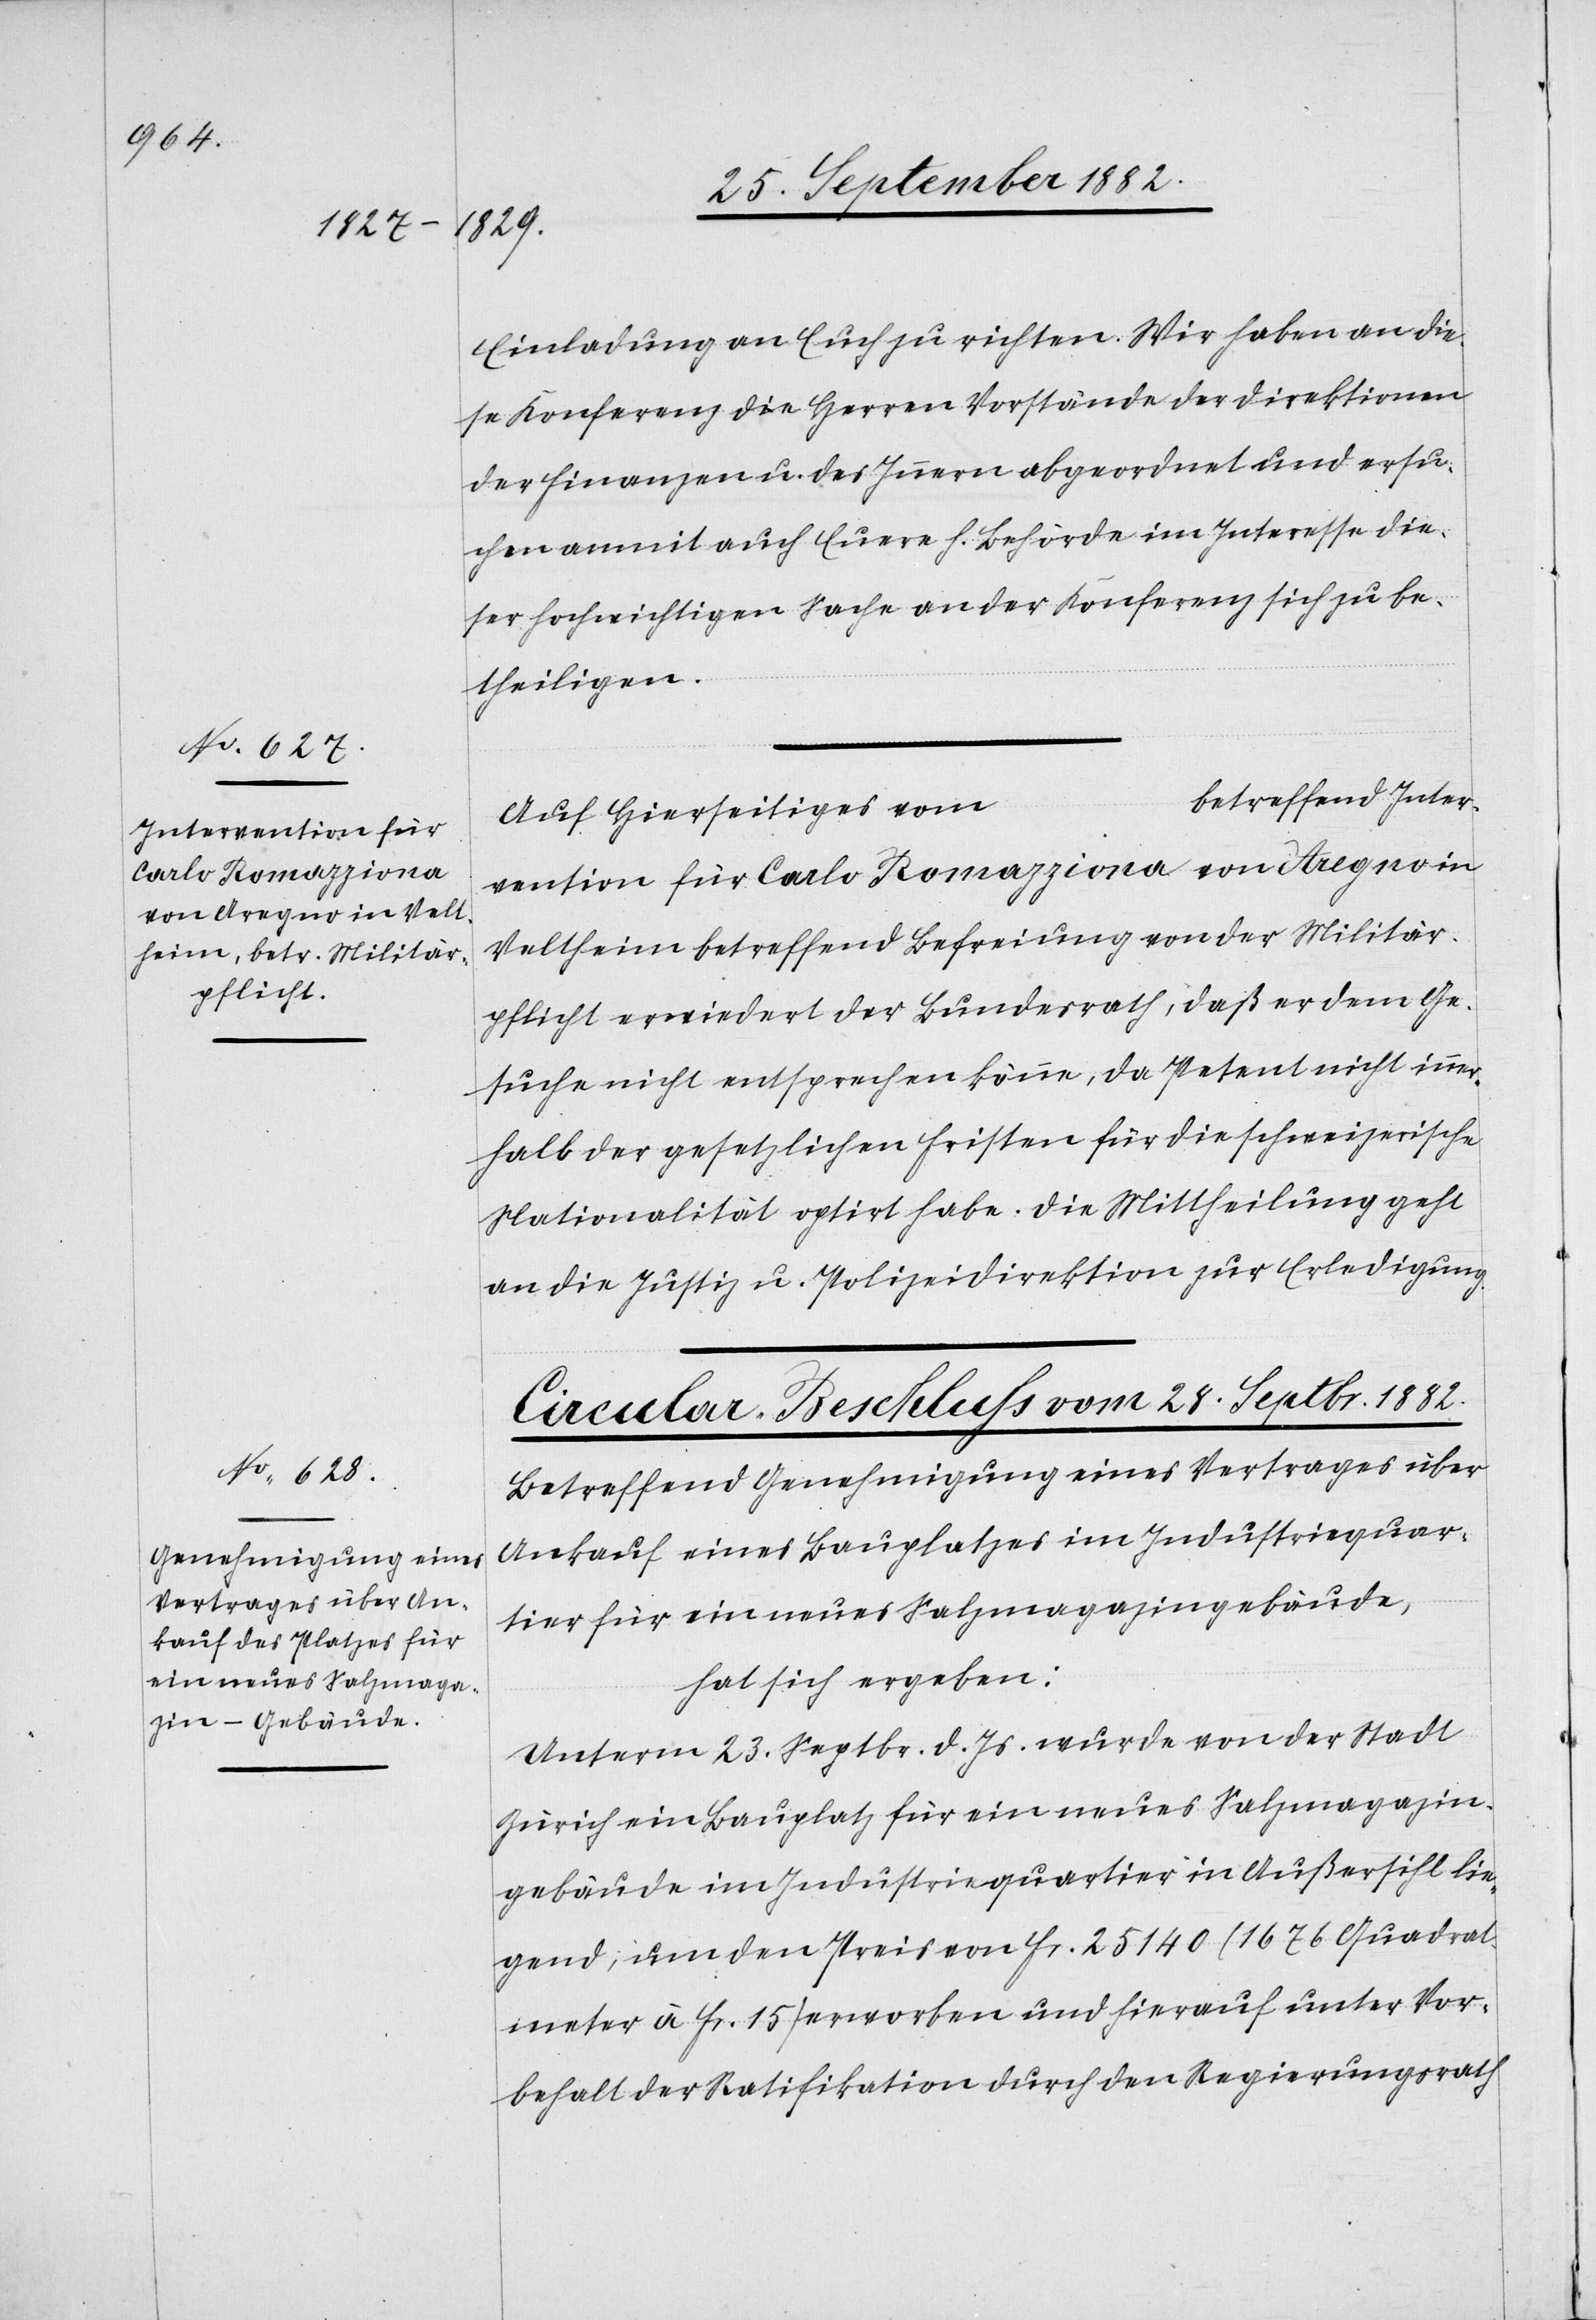
28. September 1882.]
Einladung an Euch zu richten. Wir haben an die¬
se Konferenz die Herren Vorstände der Direktionen
der Finanzen u. des Innern abgeordnet und ersu¬
chen anmit auch Euere h. Behörde im Interesse die¬
ser hochwichtigen Sache an der Konferenz sich zu be¬
theiligen.
betreffend Inter¬
Auf Hierseitiges vom
vention für Carlo Romazziona von Aregno in
Veltheim betreffend Befreiung von der Militär¬
pflicht erwiedert der Bundesrath; daß er dem Ge¬
suche nicht entsprechen könne, da Petent nicht inne¬
rhalb der gesetzlichen Fristen für die schweizerische
Nationalität optirt habe. Die Mittheilung geht
an die Justiz- & Polizeidirektion zur Erledigung.
Circular-Beschluß vom 28. Septbr. 1882.
Betreffend Genehmigung eines Vertrages über
Ankauf eines Bauplatzes im Industriequar¬
tier für ein neues Salzmagazingebäude,
hat sich ergeben:
Unterm 23. Septbr. d. Js. wurde von der Stadt
Zürich ein Bauplatz für ein neues Salzmagazin¬
gebäude im Industriequartier in Außersihl lie¬
gend, um den Preis von Fr. 25140 (1676 Quadrat¬
meter à Fr. 15) erworben und hierauf unter Vor¬
behalt der Ratifikation durch den Regierungsrath